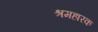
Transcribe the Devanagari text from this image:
श्रमहारक